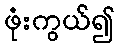
ဖုံးကွယ်၍